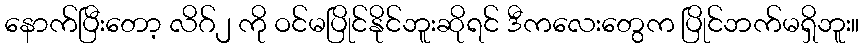
နောက်ပြီးတော့ လိဂ်၂ ကို ဝင်မပြိုင်နိုင်ဘူးဆိုရင် ဒီကလေးတွေက ပြိုင်ဘက်မရှိဘူး။